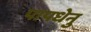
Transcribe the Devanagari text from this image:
पापधेनु